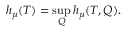
h _ { \mu } ( T ) = \operatorname* { s u p } _ { Q } h _ { \mu } ( T , Q ) .